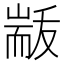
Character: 𮋟